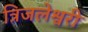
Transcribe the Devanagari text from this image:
त्रिजलेश्वरी